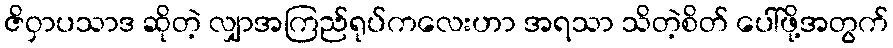
ဇိဝှာပသာဒ ဆိုတဲ့ လျှာအကြည်ရုပ်ကလေးဟာ အရသာ သိတဲ့စိတ် ပေါ်ဖို့အတွက်